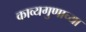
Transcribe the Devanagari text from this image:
काव्यगुणाच्या